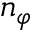
n _ { \varphi }